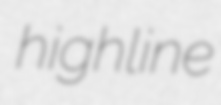
highline